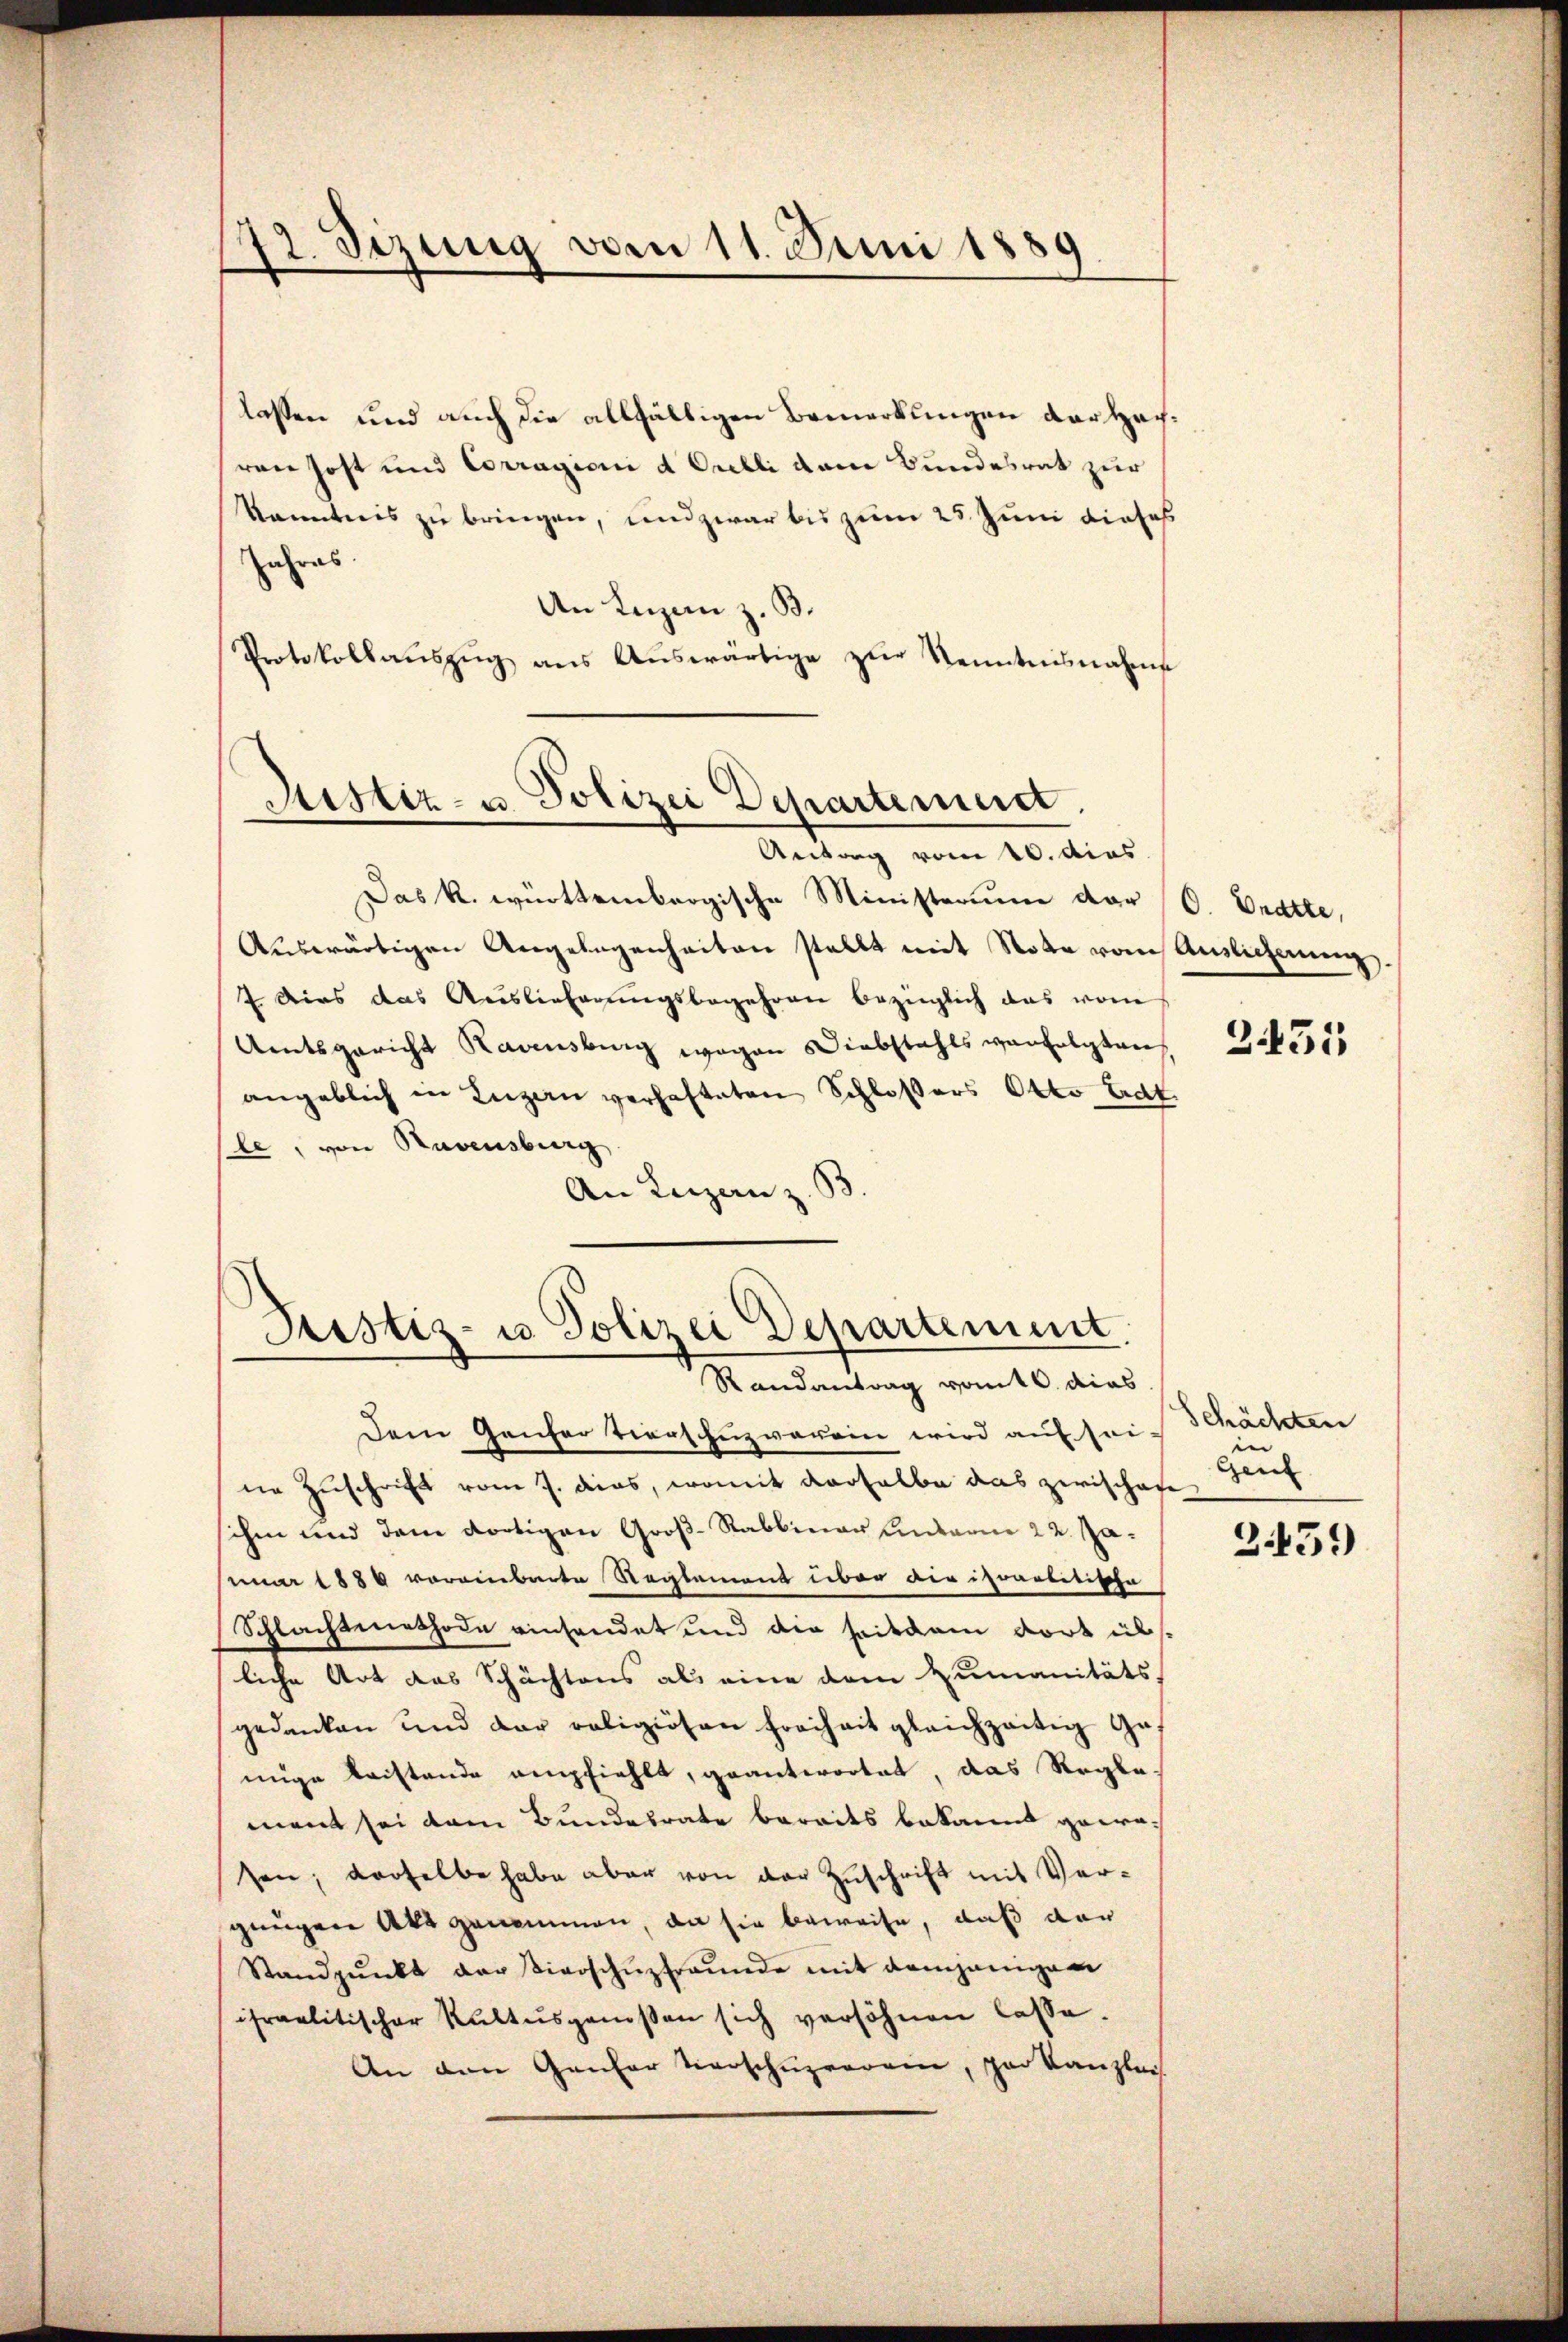
42. Sizung vom 11. Juni 1889

lassen und auch die allfälligen Bemerkungen der Hochren Post und Corragioni d. Orelli dem Bundesrat zur
kanntnis zu bringen, und zwar bis zum 25. Juni dieses
Jahres
An Luzern z. B.
Protokollaŭszŭg ans Aŭswärtige zŭr Kenntnisnahme
Antorg vom 10. dies
Das k. württembergische Ministerium der O. Bratte,
Auswärtigen Angelegenheiten stellt mit Note vom Auslicherung.
7. Dies das Auslieferungsbegehren bezüglich das vom
Amtsgericht Kavensburg wegen Diebstahls verfolgten,
angeblich in Luzern verhafteten Schloßers Otto Edt
le, von Ravensburg
An Luzern z. B.

Justiz- u. Polizei Departement.

Justiz- u Polizei Departement.
Randantrag vom 16. dies

Dem Ganzer tiers Zugverein wird auf sei
ne Zuschrift vom J. dies, womit derselbe das zwischafe
schen und dem dortigen Groß-Rabbinar Unterm 22. Januar 1880 voreinbarte Reglement über die israelitische
Schlachtmethode einsendet und die seitdem dort üb
liche Art das Schächtens als eine dem Zumanitäts-
gedanken und der religiösen freiheit gleichzeitig Gemige beistande empfiehlt, geantwortet, das Regle-
ment sei dem Bundesrate bereits bekannt gewosen; derselbe habe aber von der Zuschrift mit Vergungen Akt genommen, da sie beweise, daß der
Standpŭnkt der Vierschŭzfreŭnde mit demjenigen
israelitischer Kultŭsgassen sich versöhnen lasse.
An den Ganter Vorschuzverein, par Kanzlei

2431

Schächten
Gau

2459